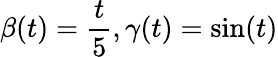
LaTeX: \beta(t)=\frac{t}{5},\gamma(t)=\sin(t)